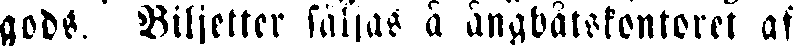
gods. Biljetter säljas å ångbåtskontoret af